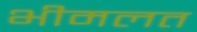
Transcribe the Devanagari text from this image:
भीमलत